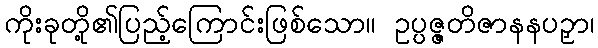
ကိုးခုတို့၏ပြည့်ကြောင်းဖြစ်သော။ ဥပ္ပဇ္ဇတိဇာနနပဉှာ၊